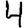
Digit: 4